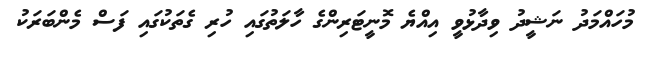
މުހައްމަދު ނަޝީދު ވިދާޅުވީ އިއްޔެ މޮނީޓަރިންގެ ހާލަތުގައި ހުރި ގެތަކުގައި ފަސް މެންބަރަކު